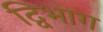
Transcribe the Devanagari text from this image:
द्विभाग